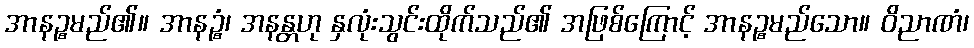
အာနဉ္စမည်၏။ အာနဉ္စံ၊ အနန္တဟု နှလုံးသွင်းထိုက်သည်၏ အဖြစ်ကြောင့် အာနဉ္စမည်သော။ ဝိညာဏံ၊